Leprosy in India: report of the Leprosy Commission in India, 1890-91
Year: 1890
Disease focus: Leprosy
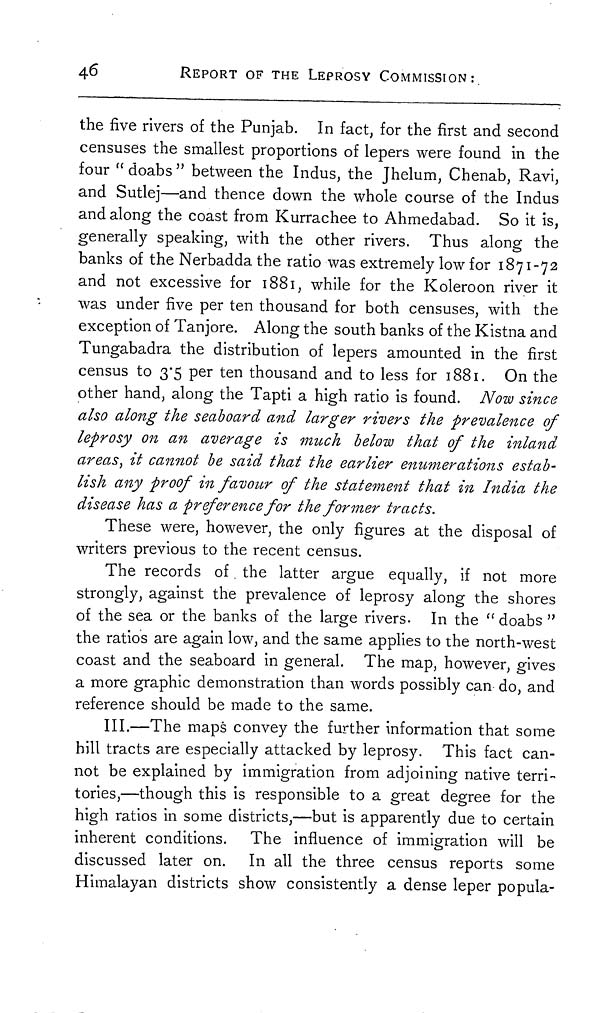
46
REPORT OF THE LEPROSY COMMISSION:
the five rivers of the Punjab. In fact, for the first and second
censuses the smallest proportions of lepers were found in the
four "doabs" between the Indus, the Jhelum, Chenab, Ravi,
and Sutlej—and thence down the whole course of the Indus
and along the coast from Kurrachee to Ahmedabad. So it is,
generally speaking, with the other rivers. Thus along the
banks of the Nerbadda the ratio was extremely low for 1871-72
and not excessive for 1881, while for the Koleroon river it
was under five per ten thousand for both censuses, with the
exception of Tanjore. Along the south banks of the Kistna and
Tungabadra the distribution of lepers amounted in the first
census to 3.5 per ten thousand and to less for 1881. On the
other hand, along the Tapti a high ratio is found. Now since
also along the seaboard and larger rivers the prevalence of
leprosy on an average is much below that of the inland
areas, it cannot be said that the earlier enumerations estab-
lish any proof in favour of the statement that in India the
disease has a preference for the former tracts.
These were, however, the only figures at the disposal of
writers previous to the recent census.
The records of the latter argue equally, if not more
strongly, against the prevalence of leprosy along the shores
of the sea or the banks of the large rivers. In the " doabs "
the ratios are again low, and the same applies to the north-west
coast and the seaboard in general. The map, however, gives
a more graphic demonstration than words possibly can do, and
reference should be made to the same.
III.—The maps convey the further information that some
hill tracts are especially attacked by leprosy. This fact can-
not be explained by immigration from adjoining native terri-
tories,—though this is responsible to a great degree for the
high ratios in some districts,—but is apparently due to certain
inherent conditions. The influence of immigration will be
discussed later on. In all the three census reports some
Himalayan districts show consistently a dense leper popula-